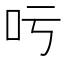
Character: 𠮱